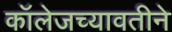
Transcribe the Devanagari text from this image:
कॉलेजच्यावतीने